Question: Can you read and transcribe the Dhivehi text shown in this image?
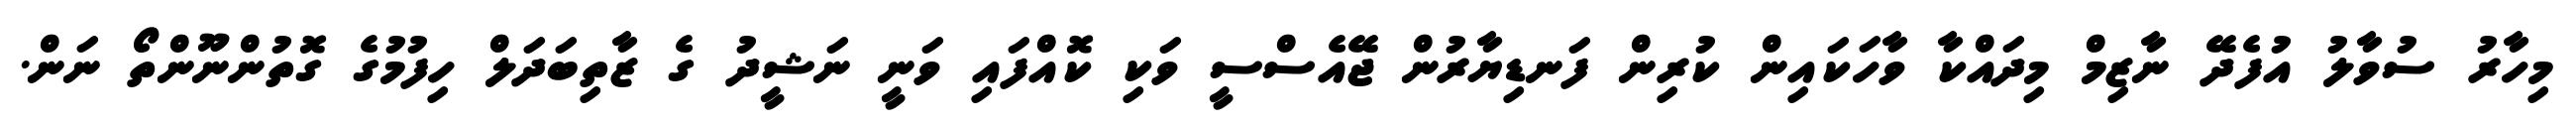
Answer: މިހާރު ސުވާލު އުފެދޭ ނާޒިމް މިދައްކާ ވާހަކައިން ކުރިން ފަނޑިޔާރުން ޖޭއެސްސީ ވަކި ކޮއްފައި ވަނީ ނަޝީދު ގެ ޒާތިބަދަލް ހިފުމުގެ ގޮތުންނޫންތޯ ނަން.